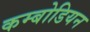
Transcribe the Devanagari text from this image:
कम्बोडियन